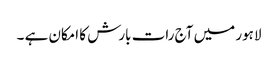
لاہور میں آج رات بارش کا امکان ہے ۔